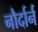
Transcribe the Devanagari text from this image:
नौर्दार्न